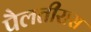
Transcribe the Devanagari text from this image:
पैलतीरास